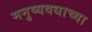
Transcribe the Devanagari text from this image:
मनुष्यवधाच्या